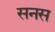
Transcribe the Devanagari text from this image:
सनस